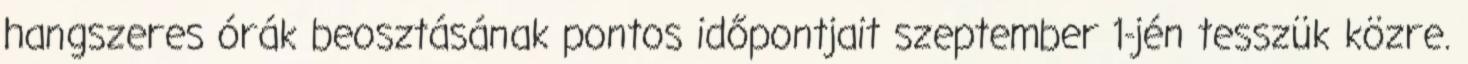
hangszeres órák beosztásának pontos időpontjait szeptember 1-jén tesszük közre.